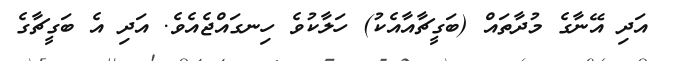
އަދި އޭނާގެ މުދާތައް (ބަގީޗާއާއެކު) ހަލާކުވެ ހިނގައްޖެއެވެ. އަދި އެ ބަގީޗާގެ